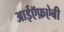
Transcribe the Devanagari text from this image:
आईऍफ़ऐबी